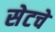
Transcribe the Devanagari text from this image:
सेटचे